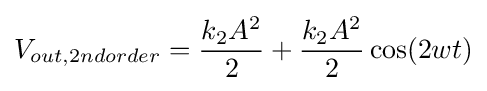
V_{out,2ndorder}={\frac {k_{2}A^{2}}{2}}+{\frac {k_{2}A^{2}}{2}}\cos(2wt)